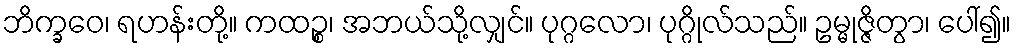
ဘိက္ခဝေ၊ ရဟန်းတို့။ ကထဉ္စ၊ အဘယ်သို့လျှင်။ ပုဂ္ဂလော၊ ပုဂ္ဂိုလ်သည်။ ဥမ္မုဇ္ဇိတွာ၊ ပေါ်၍။